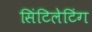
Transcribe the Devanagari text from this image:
सिंटिलेटिंग